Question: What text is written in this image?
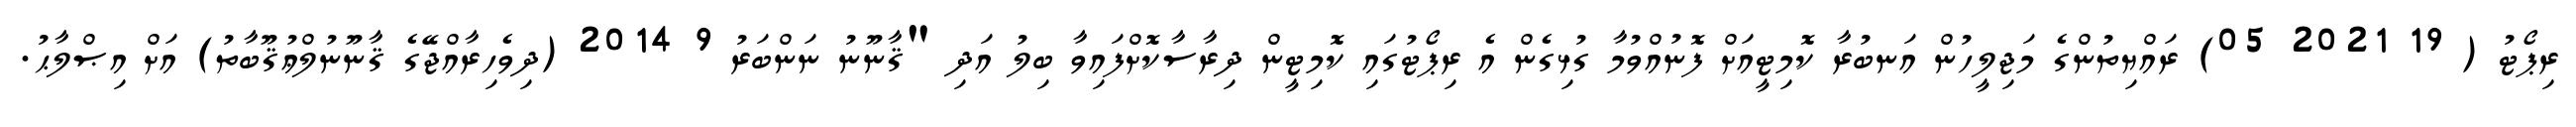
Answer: ރިޕޯޓު ( 19 2021 05) ރައްޔިތުންގެ މަޖިލީހުން އަނބުރާ ކޮމިޓީއަށް ފޮނުއްވުމާ ގުޅިގެން އެ ރިޕޯޓުގައި ކޮމިޓީން ދިރާސާކޮށްފައިވާ ބިލު އަދި "ޤާނޫނު ނަންބަރު 9 2014 (ދިވެހިރާއްޖޭގެ ޤާނޫނުލްޢުޤޫބާތު) އަށް އިޞްލާޙު.